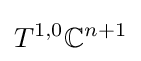
T^{1,0}\mathbb {C} ^{n+1}